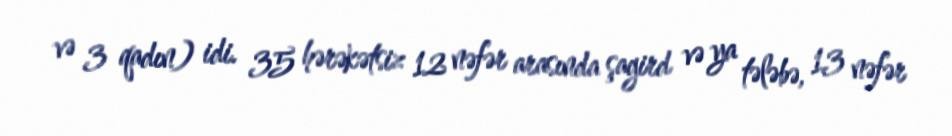
və 3 qadın) idi. 35 hərəkətsiz 12 nəfər arasında şagird və ya tələbə, 13 nəfər